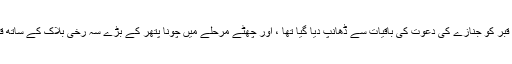
پانچویں مرحلے میں ، قبر کو جنازے کی دعوت کی باقیات سے ڈھانپ دیا گیا تھا ، اور چھٹے مرحلے میں چونا پتھر کے بڑے سہ رخی بلاک کے ساتھ قبر بند کردی گئی تھی۔